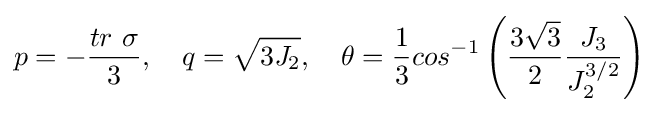
p=-{\frac {tr~\sigma }{3}},\quad q={\sqrt {3{\textit {J}}_{2}}},\quad \theta ={\frac {1}{3}}cos^{-1}\left({\frac {3{\sqrt {3}}}{2}}{\frac {J_{3}}{J_{2}^{3/2}}}\right)